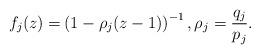
LaTeX: \begin{align*}f_j(z) =& \left(1 -\rho_j (z-1)\right)^{-1},\rho_j =\frac{q_j}{p_j}.\end{align*}